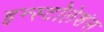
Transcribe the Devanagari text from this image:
इन्स्टॉलेशंस